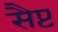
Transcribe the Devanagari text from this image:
सैप्ट